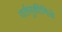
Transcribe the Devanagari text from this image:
वर्तणुकीमिळे